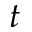
t